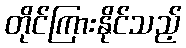
တိုင်ကြားနိုင်သည့်